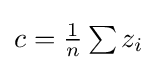
{\textstyle c={\frac {1}{n}}\sum z_{i}}